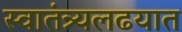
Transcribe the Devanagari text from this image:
स्वातंत्र्यलढयात